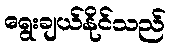
ရွေးချယ်နိုင်သည်